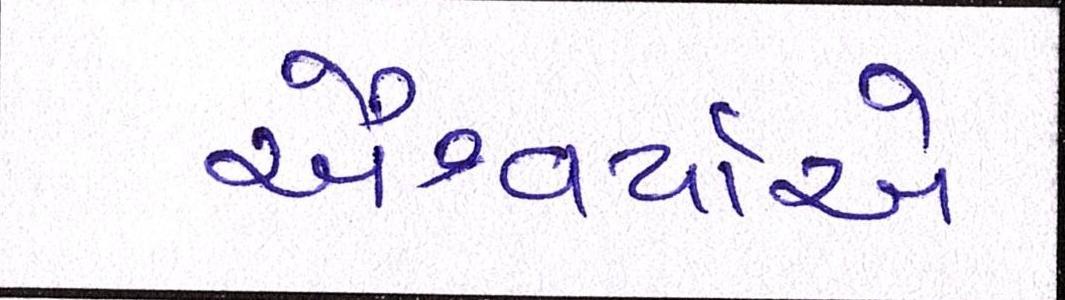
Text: ઐશ્વર્યાએ